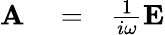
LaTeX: \begin{array}{rlr}{{\mathbf A}}&{{}=}&{\frac{1}{i\omega}{\mathbf E}}\end{array}